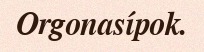
Orgonasípok.